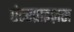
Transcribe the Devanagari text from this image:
एंटरप्राइज़स